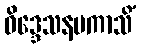
ဝိဒ္ဒေသနမကာသိံ